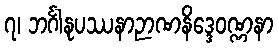
၇၊ ဘင်္ဂါနုပဿနာဉာဏနိဒ္ဒေဝဏ္ဏနာ